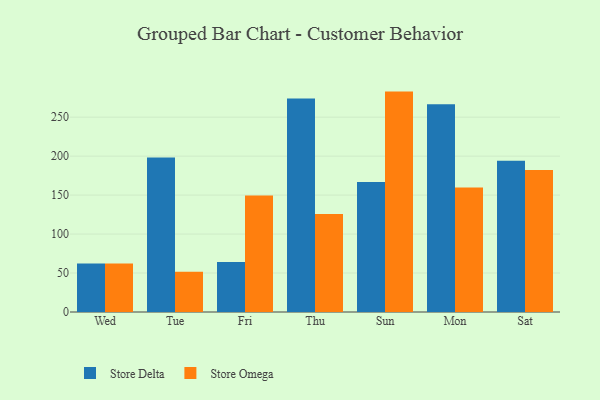
{"axis": {"x": "Day", "y": "Satisfaction Score"}, "legend": ["Store Delta", "Store Omega"], "data": [{"x": "Wed", "y": 62.1, "type": "Store Delta"}, {"x": "Wed", "y": 62.1, "type": "Store Omega"}, {"x": "Tue", "y": 198.3, "type": "Store Delta"}, {"x": "Tue", "y": 51.8, "type": "Store Omega"}, {"x": "Fri", "y": 64.1, "type": "Store Delta"}, {"x": "Fri", "y": 149.6, "type": "Store Omega"}, {"x": "Thu", "y": 273.8, "type": "Store Delta"}, {"x": "Thu", "y": 125.8, "type": "Store Omega"}, {"x": "Sun", "y": 166.7, "type": "Store Delta"}, {"x": "Sun", "y": 282.8, "type": "Store Omega"}, {"x": "Mon", "y": 266.5, "type": "Store Delta"}, {"x": "Mon", "y": 159.7, "type": "Store Omega"}, {"x": "Sat", "y": 194.0, "type": "Store Delta"}, {"x": "Sat", "y": 182.3, "type": "Store Omega"}]}